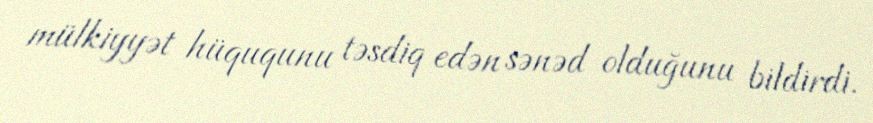
mülkiyyət hüququnu təsdiq edən sənəd olduğunu bildirdi.